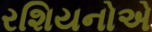
રશિયનોએ